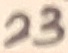
Text: 23